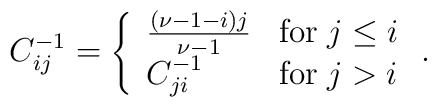
C^{-1}_{ij}=\left\{ \begin{array}{ll} \frac{(\nu-1-i)j}{\nu-1}& {\rm for}\; j\leq i \\ C^{-1}_{ji} & {\rm for}\; j>i \end{array} \right. .